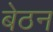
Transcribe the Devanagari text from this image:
बेठन